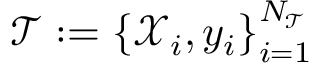
\mathcal { T } : = \left\{ \mathcal { X } _ { i } , y _ { i } \right\} _ { i = 1 } ^ { N _ { \mathcal { T } } }